65_HS1-834228961_62-HQ-83894_Section_6
Agency: FBI
Page 126
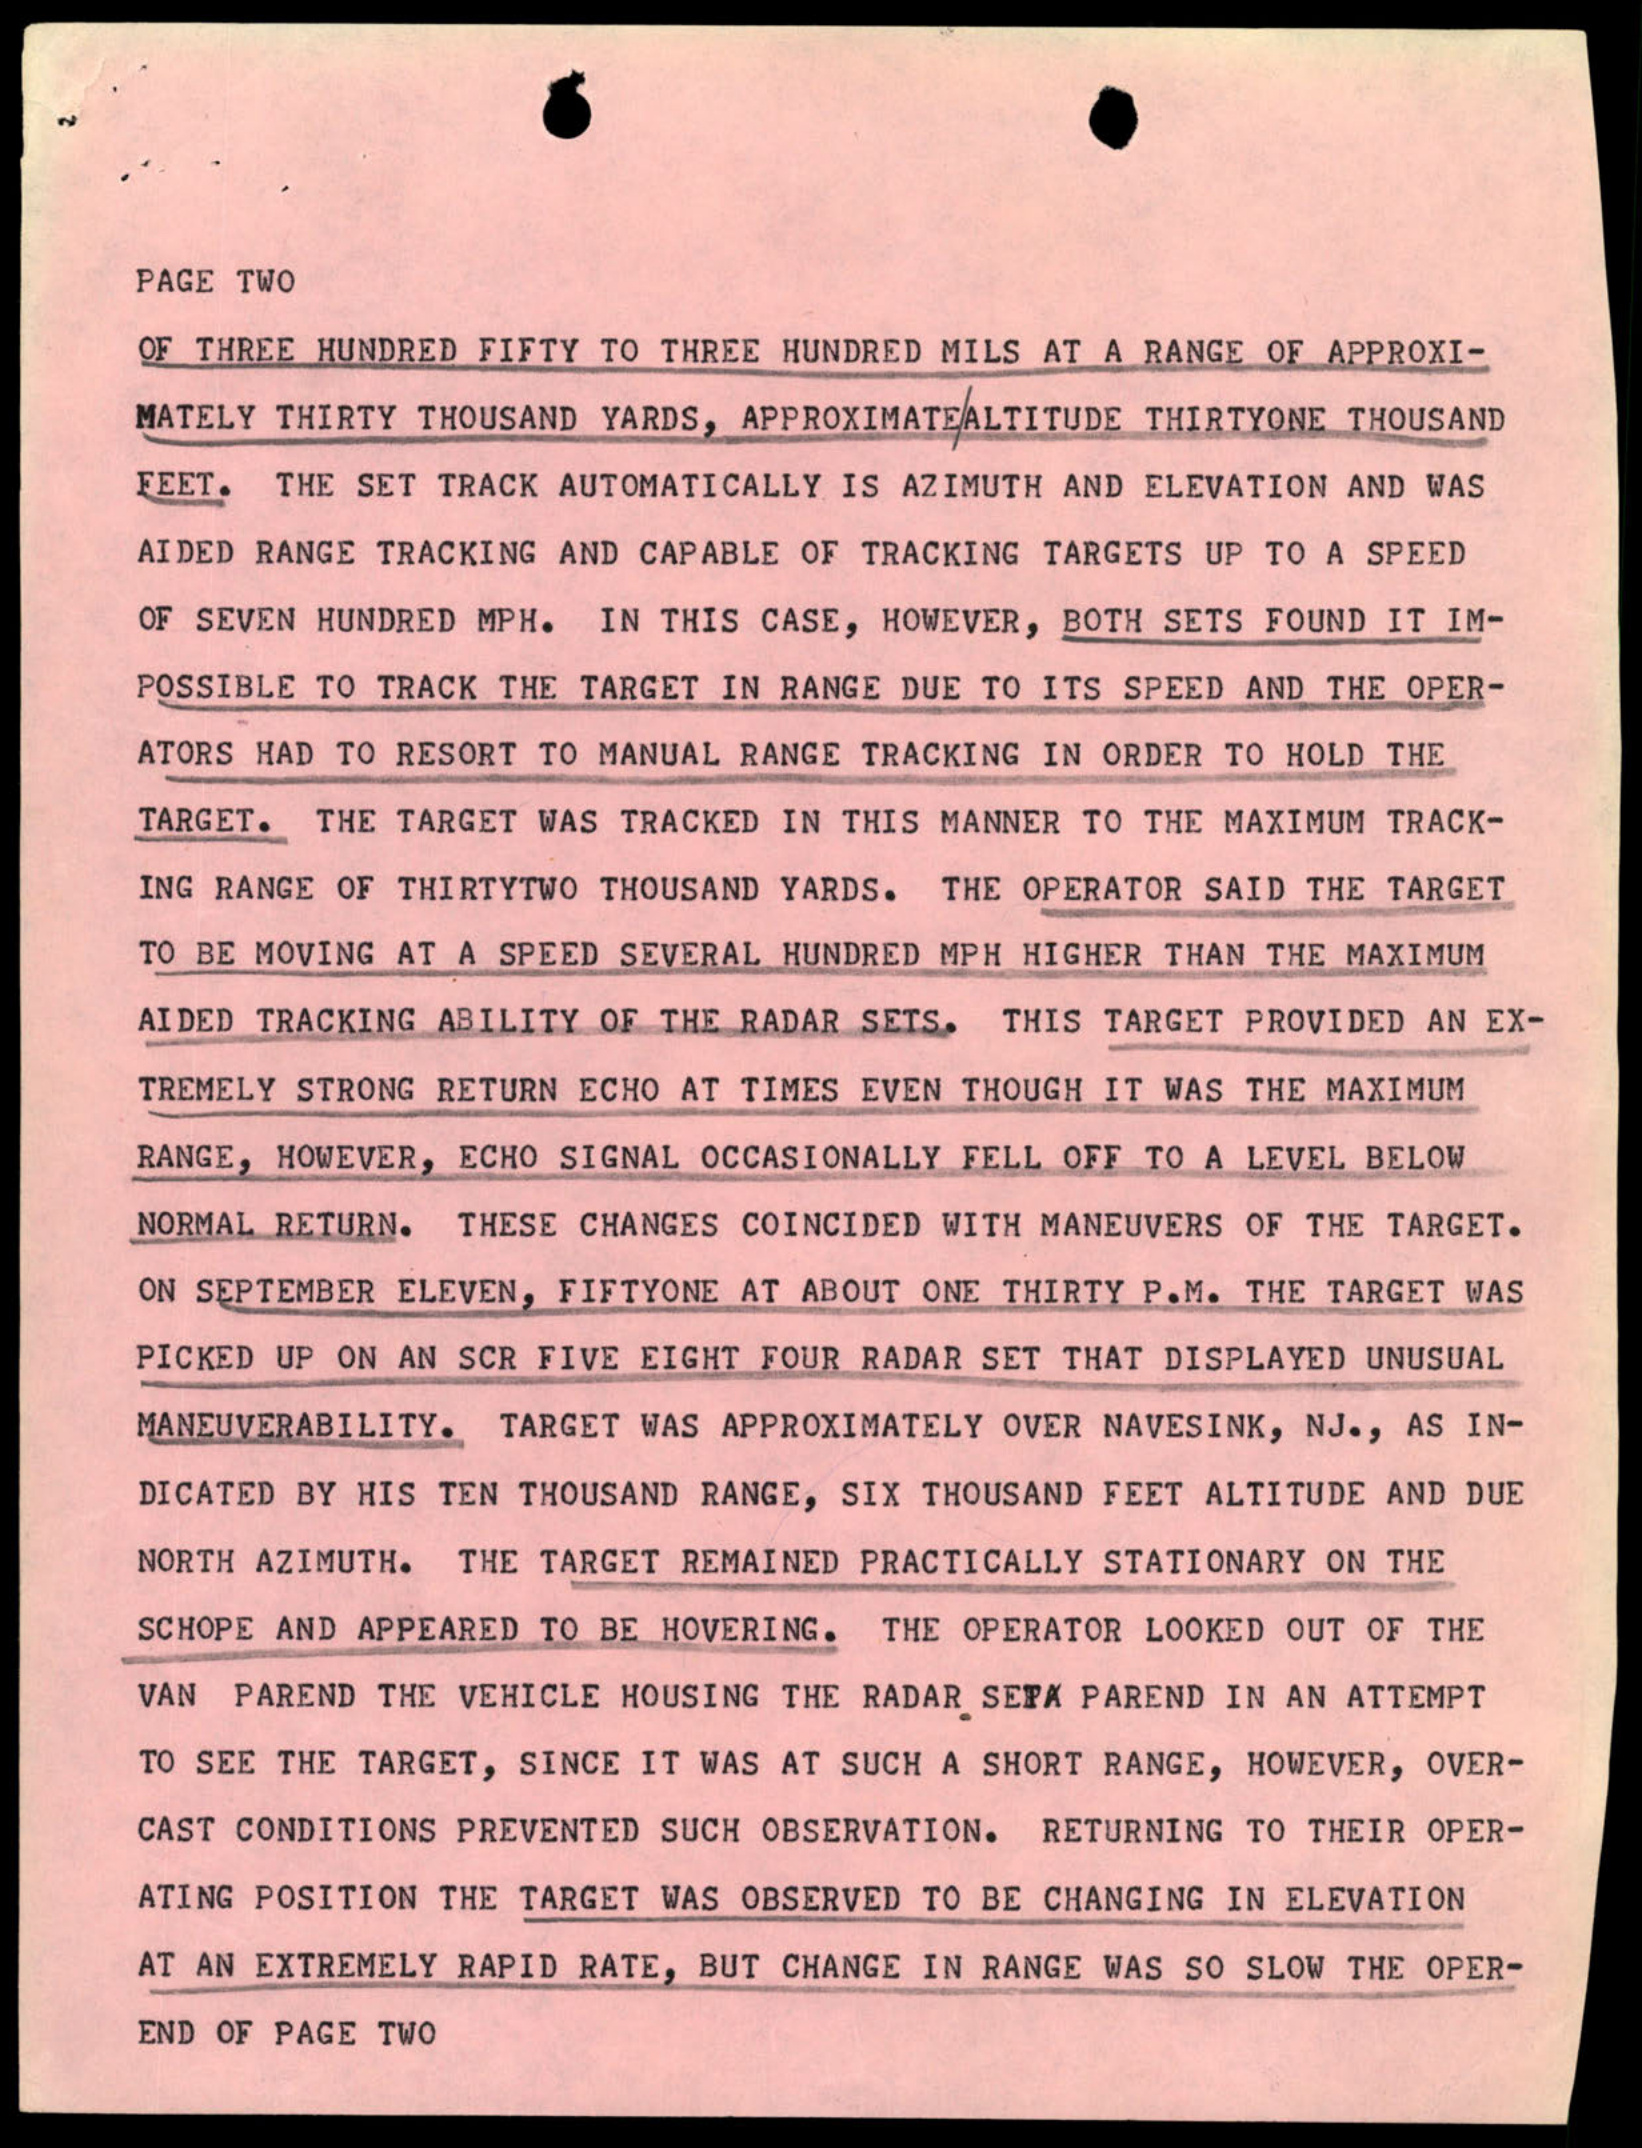